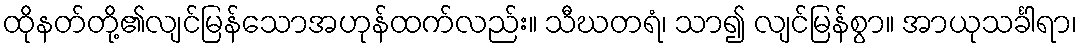
ထိုနတ်တို့၏လျင်မြန်သောအဟုန်ထက်လည်း။ သီဃတရံ၊ သာ၍ လျင်မြန်စွာ။ အာယုသင်္ခါရာ၊